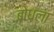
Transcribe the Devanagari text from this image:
बोधला